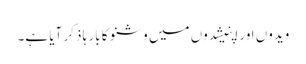
ویدوں اور اپنیشدوں میں وشنو کا بار ہا ذکر آیا ہے۔